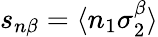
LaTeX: s_{n\beta}=\langle n_{1}\sigma_{2}^{\beta}\rangle